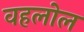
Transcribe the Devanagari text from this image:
वहलोल